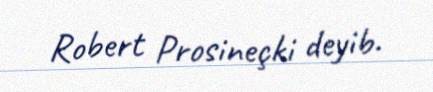
Robert Prosineçki deyib.